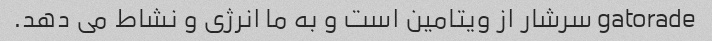
gatorade سرشار از ویتامین است و به ما انرژی و نشاط می دهد.